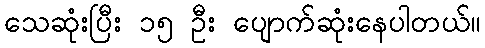
သေဆုံးပြီး ၁၅ ဦး ပျောက်ဆုံးနေပါတယ်။